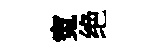
寃绝